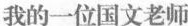
我的一位国文老师